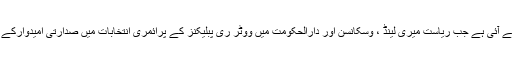
رومنی کی براہ راست نکتہ چینی ایک ایسے وقت میں سامنے آئی ہے جب ریاست میری لینڈ ، وسکانسن اور دارالحکومت میں ووٹر ری پبلیکنز کے پرائمری انتخابات میں صدارتی امیدوارکے چناؤ کے لیے اپنے حق رائے دہی کا استعمال کررہے ہیں۔